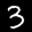
Label: 3